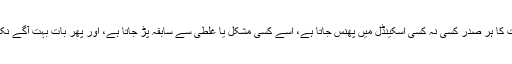
دوسری مدت کا ہر صدر کسی نہ کسی اسکینڈل میں پھنس جاتا ہے، اسے کسی مشکل یا غلطی سے سابقہ پڑ جاتا ہے، اور پھر بات بہت آگے نکل جاتی ہے۔